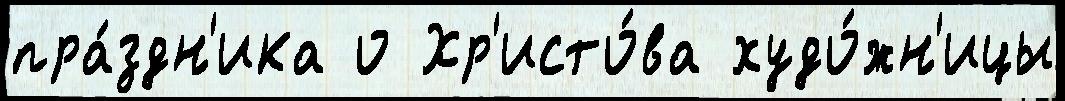
пра́здн'ика о Хр'исто́ва худо́жн'ицы